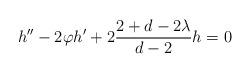
LaTeX: \begin{align*}h^{\prime \prime }-2\varphi h^{\prime }+2\frac{2+d-2\lambda }{d-2}h=0\end{align*}